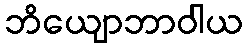
ဘိယျောဘာဝါယ